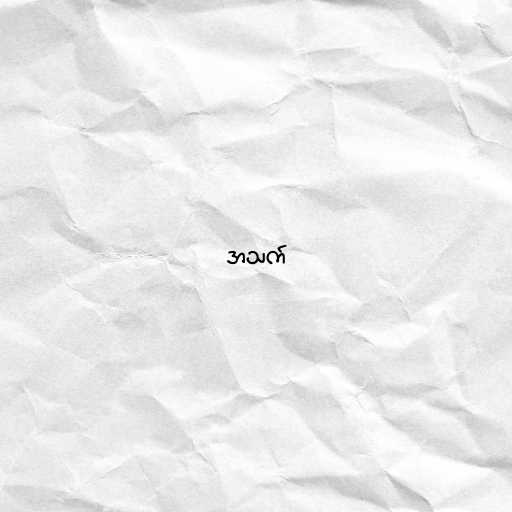
အသက်